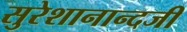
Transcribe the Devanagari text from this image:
सुरेशानान्दजी